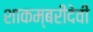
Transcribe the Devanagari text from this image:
शाकम्बरीदेवी